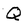
Character: Q